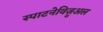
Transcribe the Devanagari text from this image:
स्पाटनेविज़ुअल